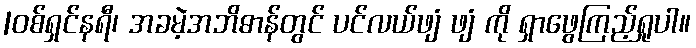
|ဝစ်ရှင်နရီ၊ အခမဲ့အဘိဓာန်တွင် ပင်လယ်ဖျံ ဖျံ ကို ရှာဖွေကြည့်ရှုပါ။